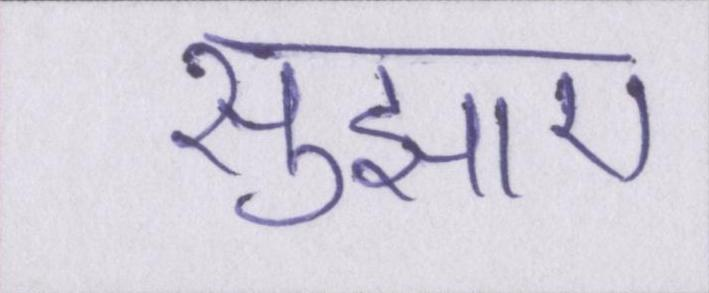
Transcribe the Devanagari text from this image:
सुझाए